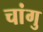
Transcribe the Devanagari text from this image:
चांगु